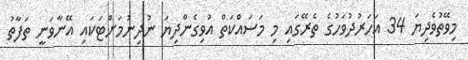
މިވޭތުވެދިޔަ 34 އަހަރުދުވަހުގެ ތެރޭގައި މި މަސައްކަތް އުވިގެންދިޔަ ނުދިނުމަށްޓަކައި އޭނާވަނީ ތަފާތު